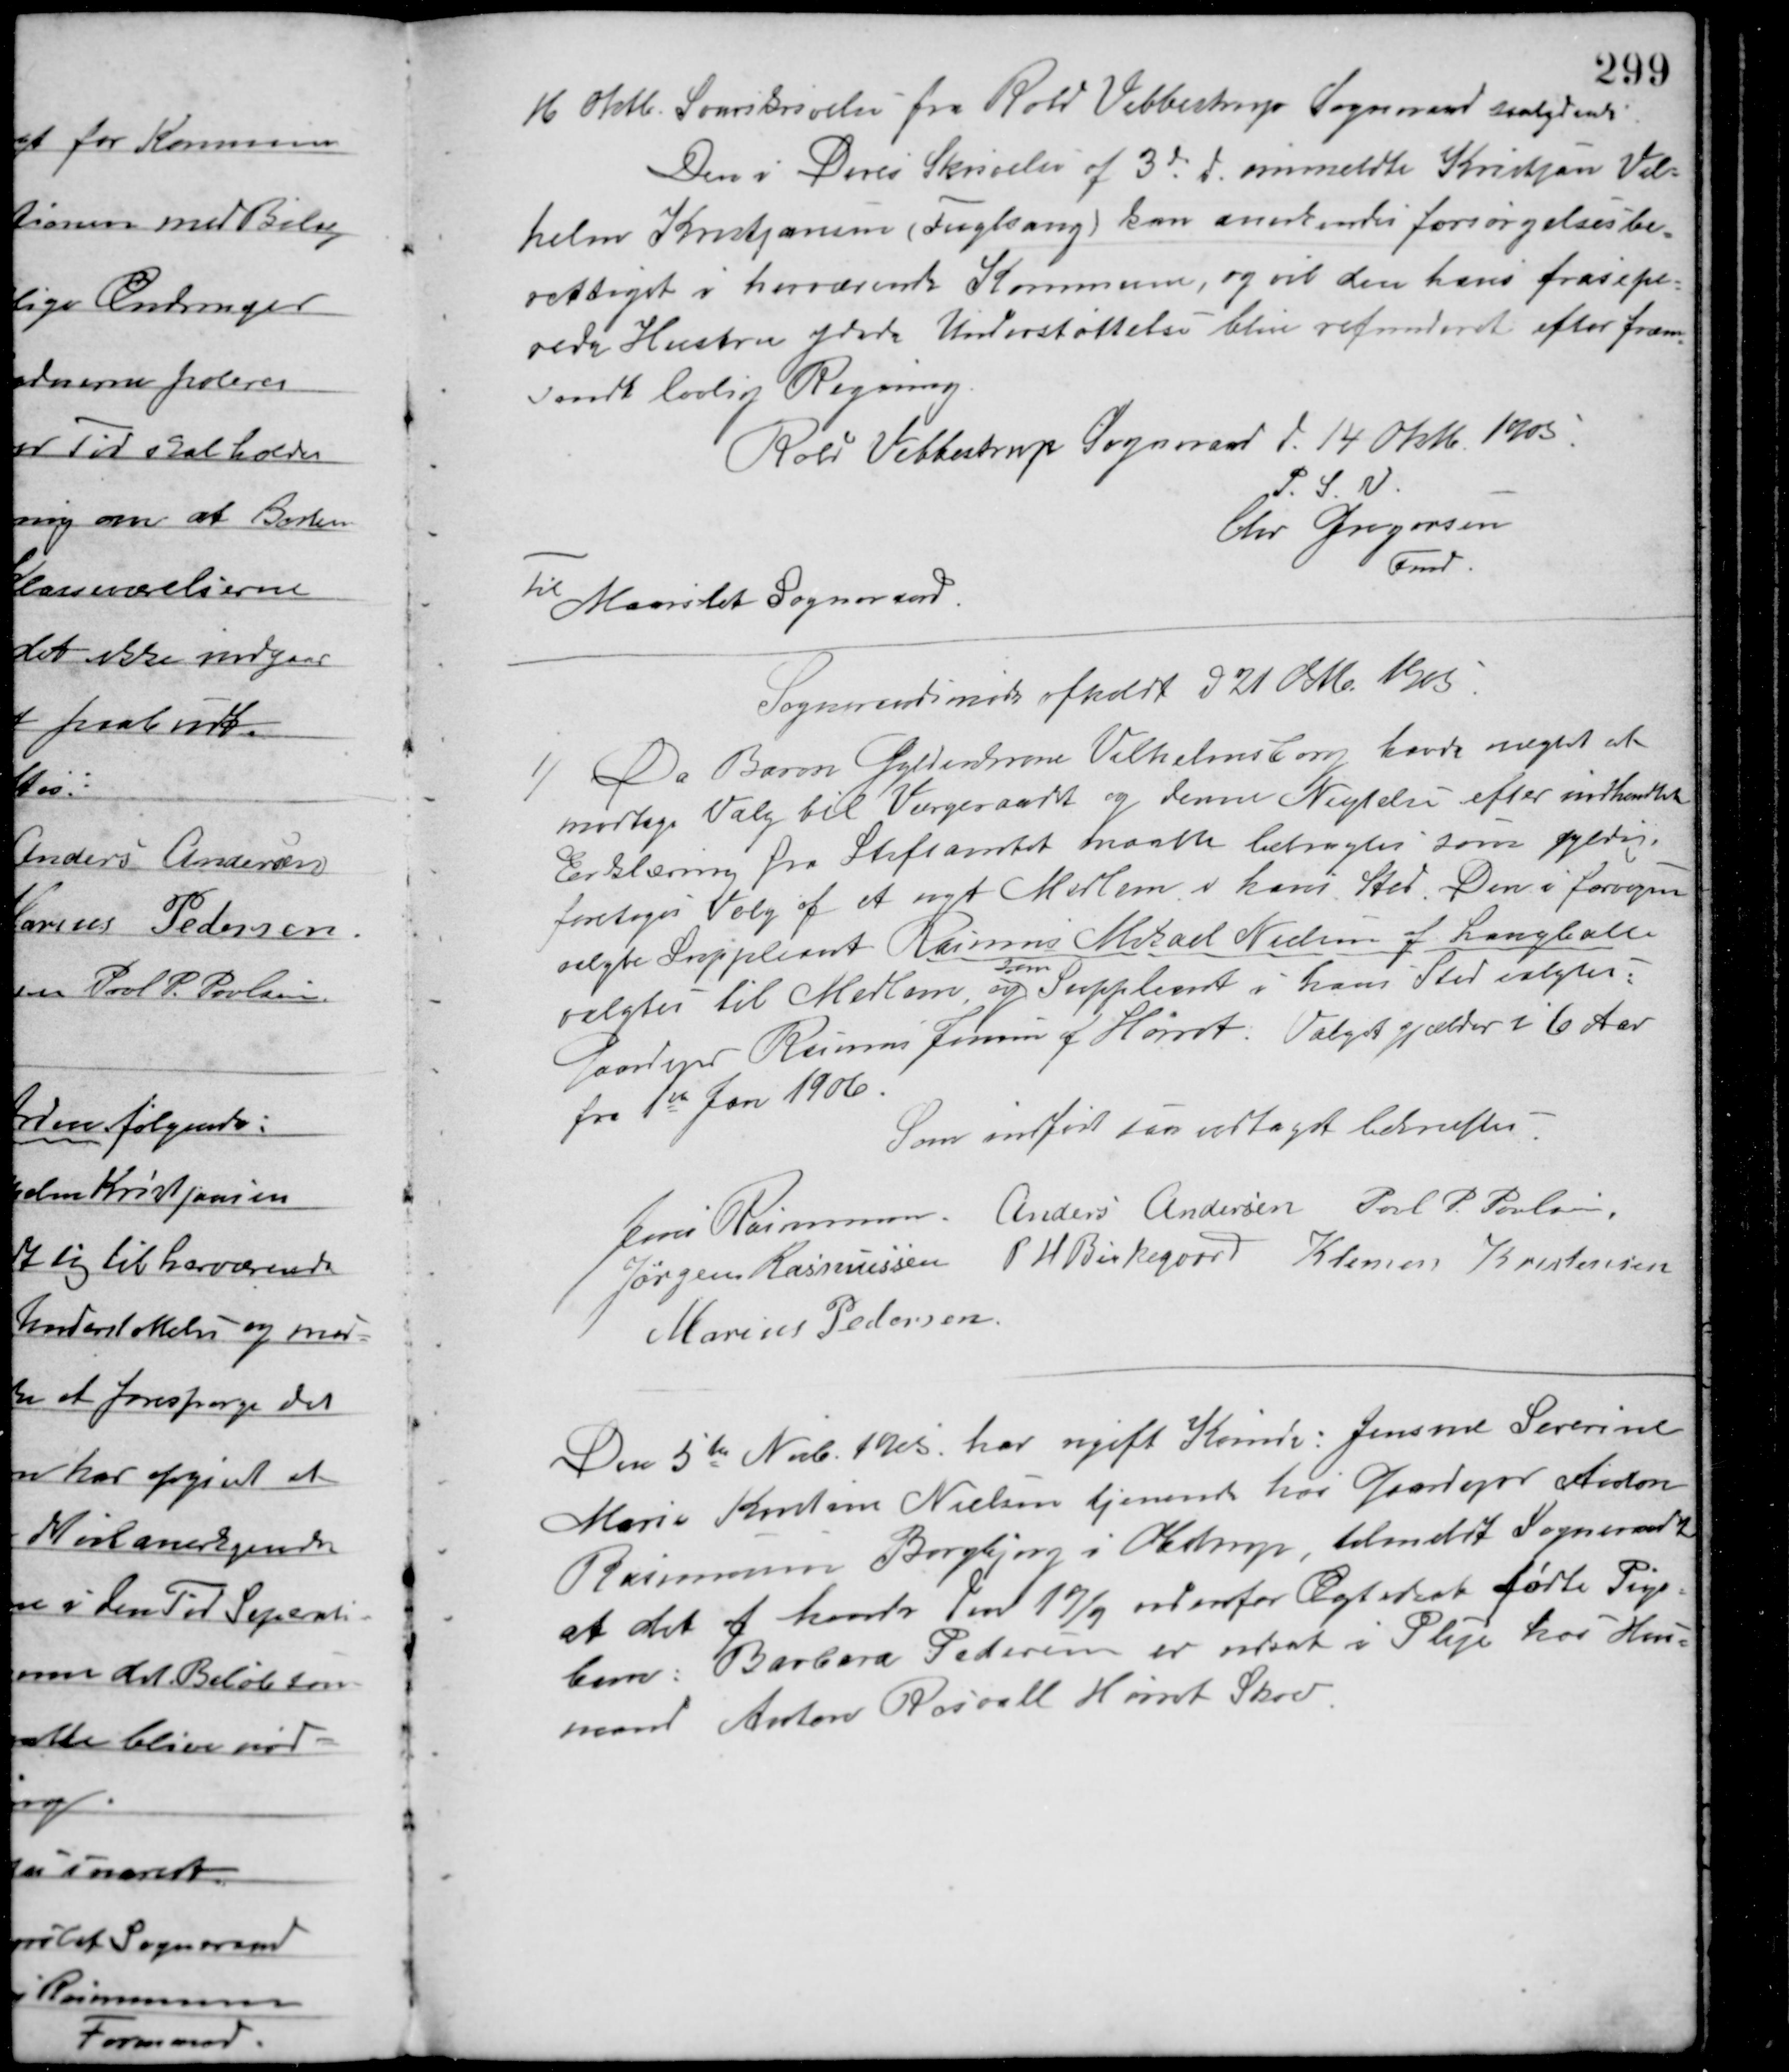
Transskription:
16 Oktb. Svarskrivelse fra Rold Vebbestrup Sogneraad saalydende:
Den i Deres Skrivelse af 3die d. anmeldte Kristjan Vib-
holm Kristjansen (Fuglsang) kan anerkendes forsørgelsesbe-
rettiget i herværende Kommune, og vil den hans frasepa-
rede Hustru ydede Understøttelse blive refunderet efter frem-
sendt lovlig Regning.
Rold Vebbestrup Sogneraad d. 14 Oktb. 1905.
P. S. V.
Chr. Jøgersen
Fmd.
Til Maarslet Sogneraad.
Sogneraadsmøde afholdt d 21 Oktbr. 1905.
1/ Da Baron Gyldenkrone Vilhelmsborg havde nægtet at
modtage Valg til Værgeraadet og denne Nægtelse efter indhentet
Erklæring fra Stiftamtet maatte betragtes som gyldig
foretoges Valg af et nyt Medlem i hans Sted. Den i forvejen
valgte Suppleant Rasmus Mikael Nielsen af Langballe
valgtes til Medlem, og
som
Suppleant i hans Sted valgtes:
Gaardejer Rasmus Jensen af Hørret. Valget gjælder i 6 Aar
fra 1ste Jan. 1906.
Som indført saa vedtaget bekræftes.
Jens Rasmussen Anders Andersen Poul P. Poulsen
Jørgen Rasmussen P. H. Birkegaard Klemen Kristensen
Marius Pedersen
Den 5te Novb. 1905 har ugift Kvinde: Jensine Severine
Marie Kirsten Nielsen tjenende hos Gaardejer Anton
Rasmussen Borgbjerg i Obstrup, tilmeldt Sogneraadet
at det af hende den 19/9 udenfor Ægteskab fødte Pige-
barn: Barbara Pedersen er indsat i Pleje hos Hus-
mand Anton Rascall Hørret Skov.